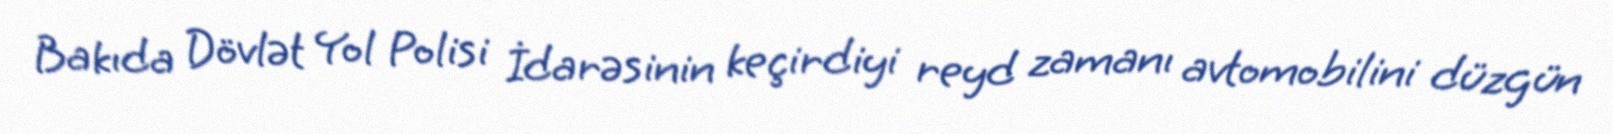
Bakıda Dövlət Yol Polisi İdarəsinin keçirdiyi reyd zamanı avtomobilini düzgün